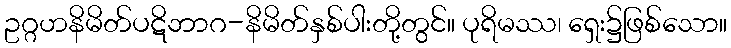
ဥဂ္ဂဟနိမိတ်ပဋိဘာဂ-နိမိတ်နှစ်ပါးတို့တွင်။ ပုရိမဿ၊ ရှေး၌ဖြစ်သော။